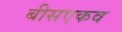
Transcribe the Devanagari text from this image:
बीसएकव